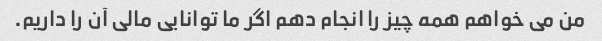
من می خواهم همه چیز را انجام دهم اگر ما توانایی مالی آن را داریم.